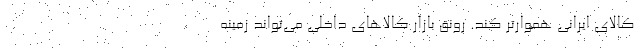
کالای ایرانی هموارتر کند. رونق بازار کالاهای داخلی می‌تواند زمینه